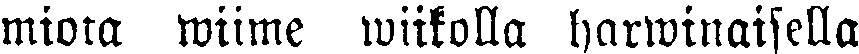
miota wiime wiikolla, harwinaisella